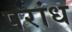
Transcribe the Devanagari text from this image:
परांध